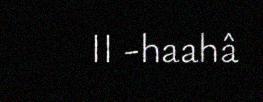
II -haahâ